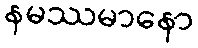
နမဿမာနော